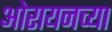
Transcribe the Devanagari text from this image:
ओरायनच्या